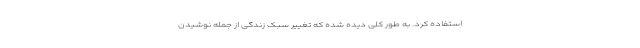
استفاده کرد. به طور کلی دیده شده که تغییر سبک زندگی از جمله نوشیدن